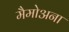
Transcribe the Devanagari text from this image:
मैमोअना